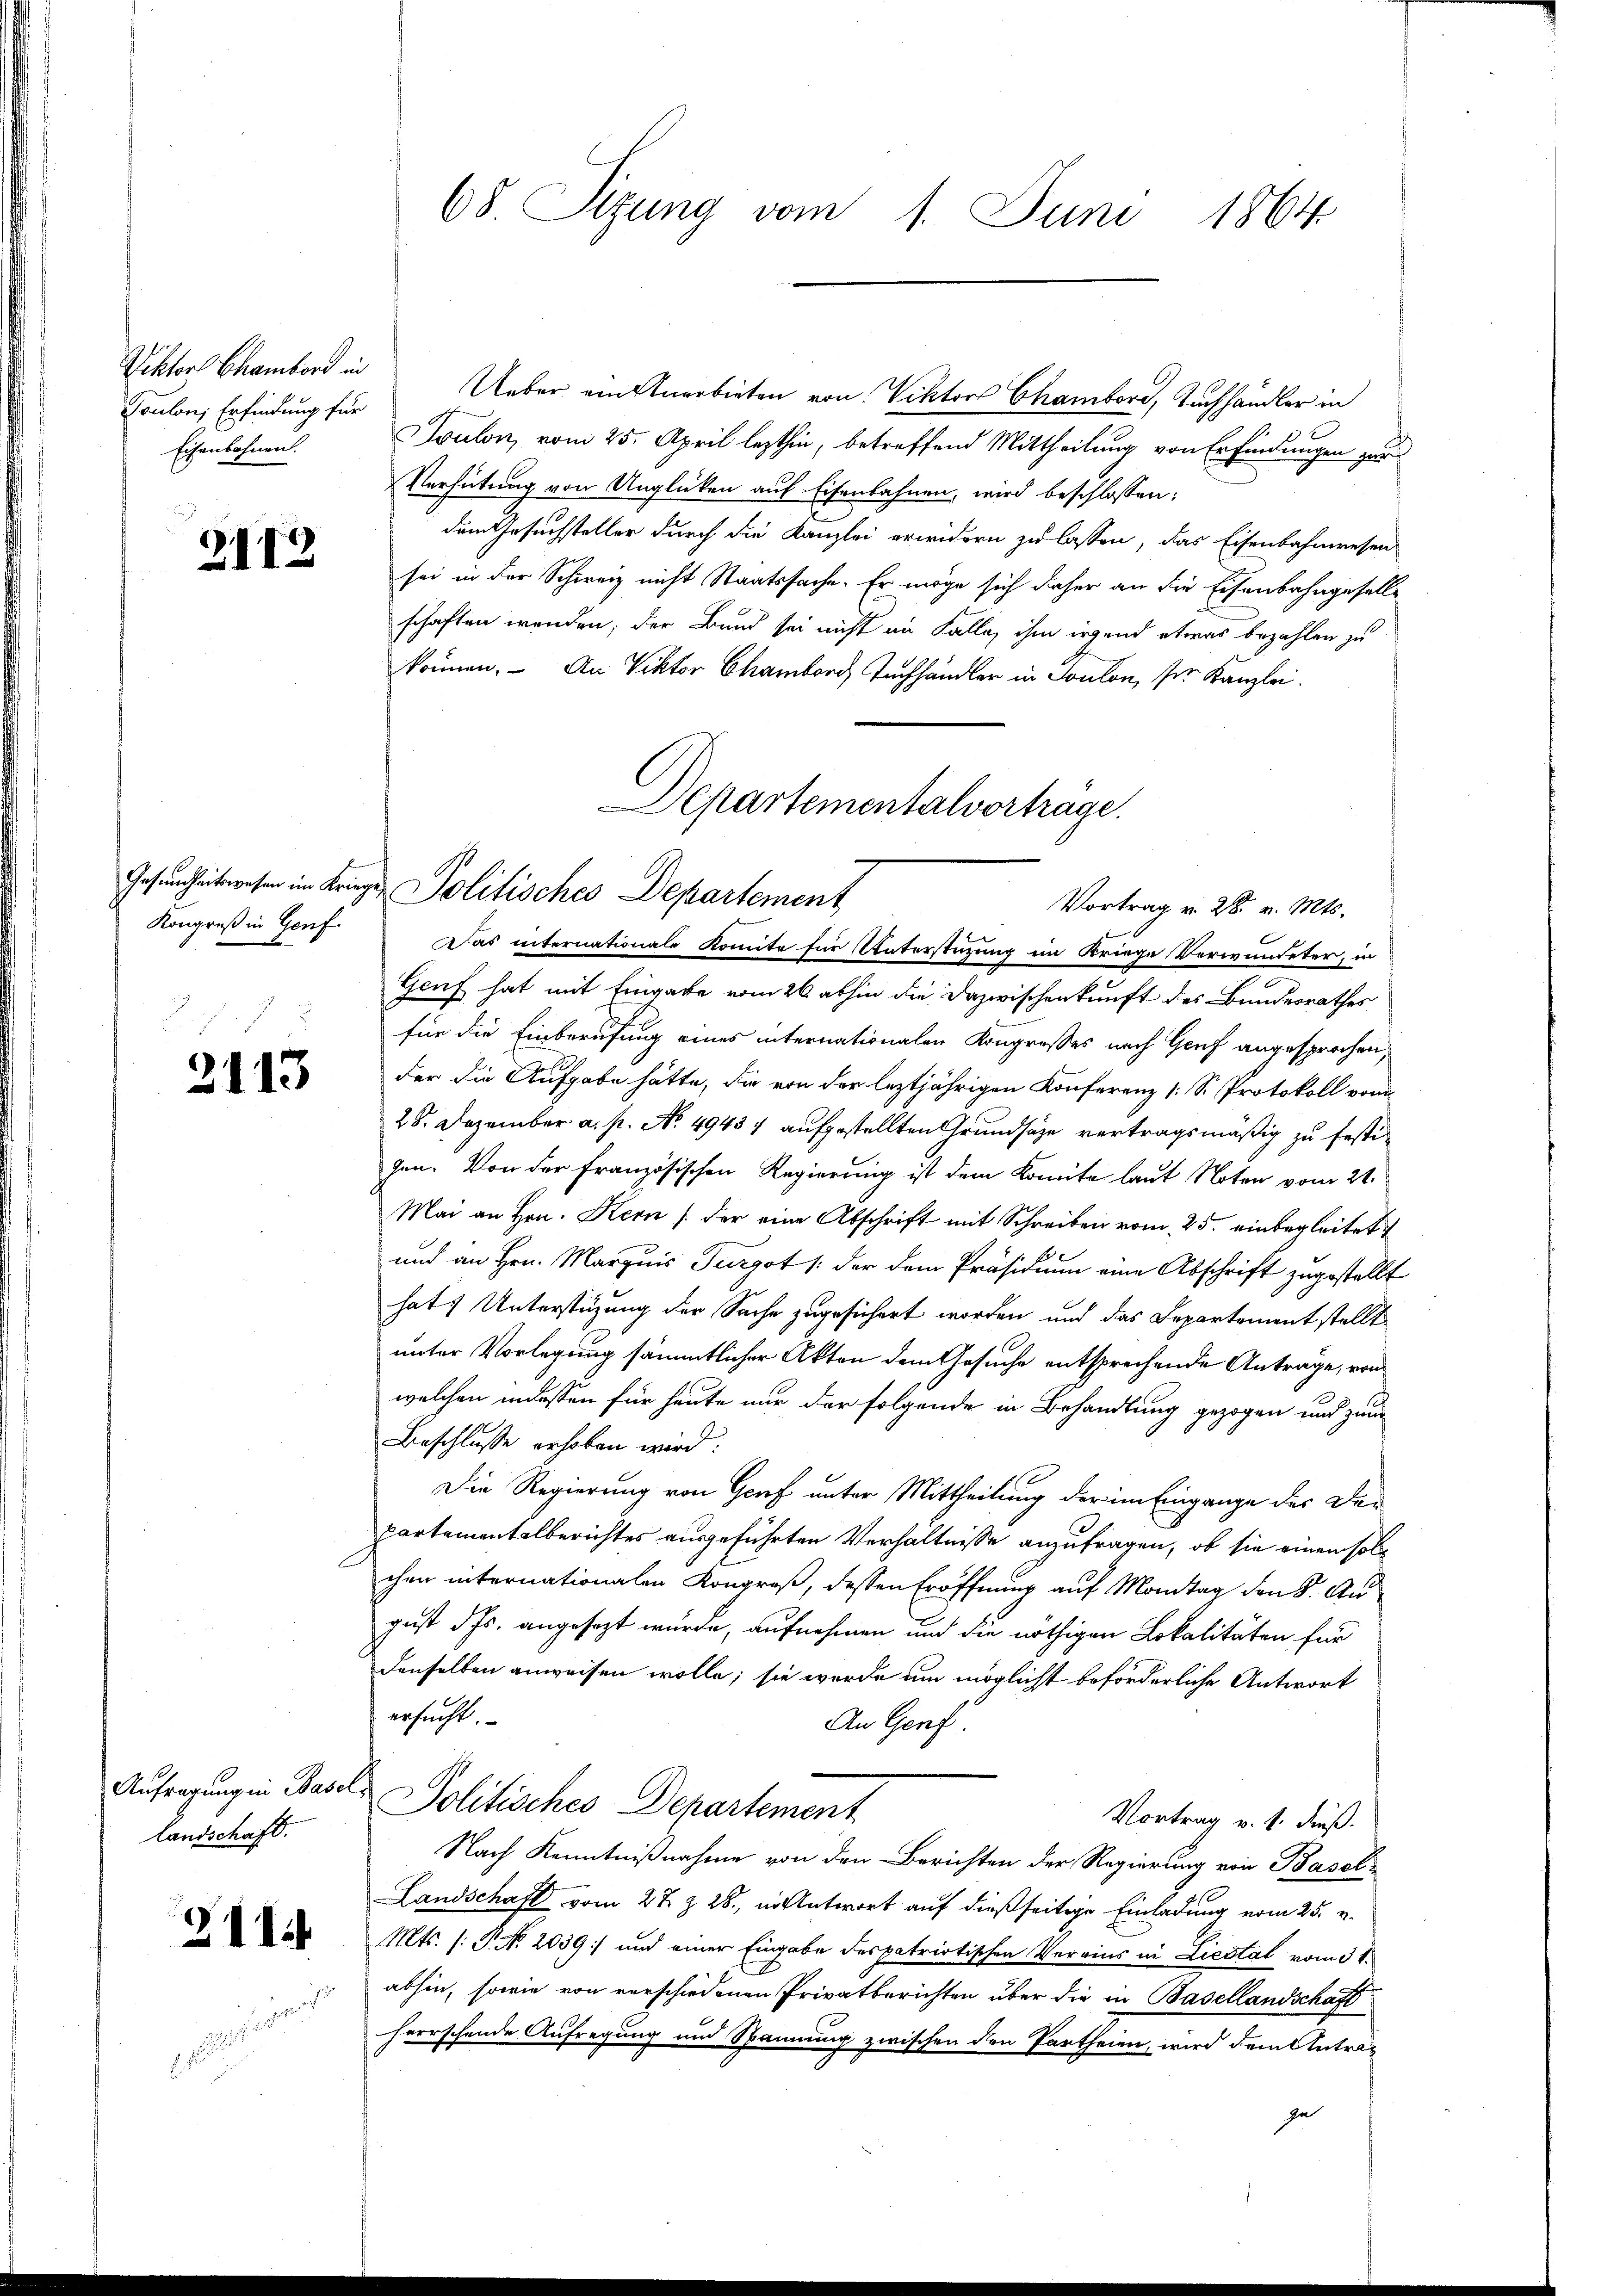
Toulon Erfindung für
Eisenbahnen.

2112

Kongreß in Genf

2113

landschaft.

2114

68. Sizung vom 1. Juni 1864

Viktor Chamber in Ueber ein Anerbieten von Viktors Chambord, Tuchhändler in
Toulon, vom 25. April lezthin, betreffend Mittheilung von Erfindungen zur
Verhütung von Unglücken auf Eisenbahnen, wird beschlossen:
dem Gesuchsteller durch die Kanzlei erwidern zu lassen, das Eisenbahnwesen
sei in der Schweiz nicht Staatssache. Er möge sich daher an die Eisenbahngesellschaften werden; der Bund sei nicht an Falle, ihm irgend etwas bezahlen zu
können. An Viktor Chamber Tuchhändler in Soulon, ser Kanzlei.
Genf hat mit Eingabe vom 26. abhin die Dazwischenkunft des Bundesrathes
für die Einberufung eines internationalen Kongresses nach Genf angesprochen,
der die Aufgabe hätte, die von der leztjährigen Konferenz [S. Protokoll vom
28. Dezember a. p. No. 4943 / aufgestellten Grundsätze vertragsmäßig zu festigen. Von der Französischen Regierung ist dem konnte laut Noten vom 21.
Mai an Hrn. Kern / der eine Abschrift mit Schreiben vom 25. einbegleitet
und an Hrn. Marquis Turgot /: der dem Präsidium eine Abschrift zugestellt
hat. Unterstüzung der Sache zugesichert worden und das Departementstellt
unter Vorlegung sämmtlicher Akten dem Gesuche entsprechende Anträge, von
welchen indessen für heute nur der folgende in Behandlung gezogen und zum
Beschlusse erhoben wird.
Die Regierung von Graf unter Mittheilung der im Eingange der Departementalberichtes ausgeführten Verhältnisse anzufragen, ob sie einen solchen internationalen Kongroß, dessen Eröffnung auf Montag den 8. August ds. angesezt wurde, aufnehmen und die nöthigen Lokalitäten für
Denselben anweisen wolle; sie wurde um möglicht beförderliche Antwort
ersucht.
An Genf
Anfragung in Basel, Politisches Departement
Vortrag v. 4. Fuß.
Nach Kenntnißnahme von den Berichten der Regierung von Basel¬
Landschaft vom 27. Z. 28. in Antwort auf dießseitige Einladung vom 25. v.
Mts. (T. No. 2039) und einer Eingabe des patriotischen Vereins in Liestal vom 3 t.
abhin, sowie von verschiedenen Privatberichten über die in Basellandschaft
herrschende Aufregung und Spannung zwischen den Partheien, wird dem Antrag
ga

Departementalvertrage.
Gesundheitswesen im Kriegen Politisches Departement
Vortrag v. 28. v. Mts.
Das internationale Komita für Unterstützung im Kriege Verwundeter, in